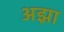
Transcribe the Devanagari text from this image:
अझ़ा